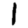
Digit: 1